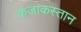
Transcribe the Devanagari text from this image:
कजाकस्तान